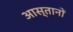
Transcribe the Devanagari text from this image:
आस्तानों